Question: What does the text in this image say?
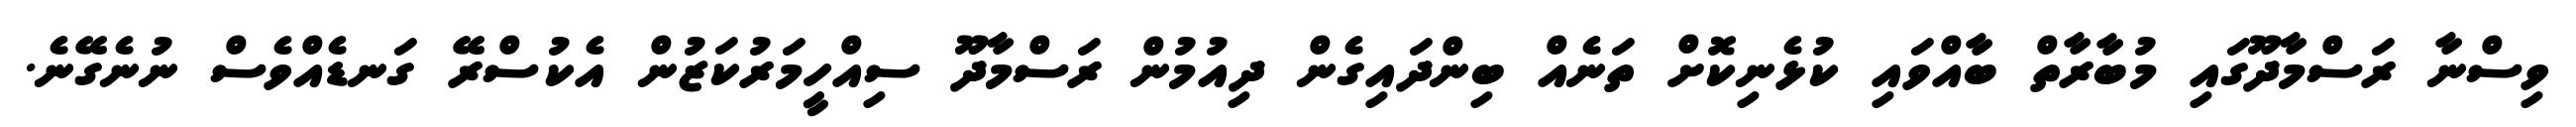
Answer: ވިސްނާ ރަސްމާދޫގައި މުބާރާތް ބާއްވައި ކުޅެނިކޮށް ތަނެއް ބިންދައިގެން ދިއުމުން ރަސްމާދޫ ސިއްހީމަރުކަޒުން އެކުސްރޭ ގަނޑެއްވެސް ނުނެގޭނެ.